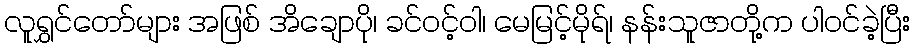
လူရွှင်တော်များ အဖြစ် အိချောပို၊ ခင်ဝင့်ဝါ၊ မေမြင့်မိုရ်၊ နန်းသူဇာတို့က ပါဝင်ခဲ့ပြီး